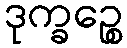
ဒုက္ခဉ္စေ